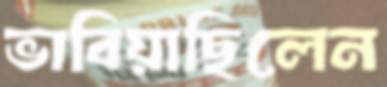
ভাবিয়াছিলেন